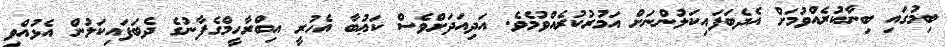
ބިމުގައި ބިނާކުރެއްވުމަށް އެދެބަފައިކަލުންނަށް އަމުރުކުރެއްވުމެވެ. އަދިއަދަށްވެސް ކަޢުބާ އެހުރީ އިބްރާހީމްގެފާނުގެ ދެބަފައިކަލުން އެޅުއްވި